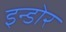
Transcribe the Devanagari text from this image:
इन्‍डोर